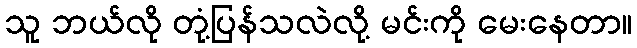
သူ ဘယ်လို တုံ့ပြန်သလဲလို့ မင်းကို မေးနေတာ။